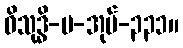
ဝိသုဒ္ဓိ-ပ-အုပ်-၃၃၁။